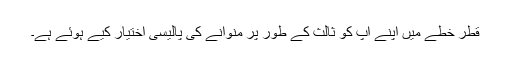
قطر خطے میں اپنے آپ کو ثالث کے طور پر منوانے کی پالیسی اختیار کیے ہوئے ہے۔